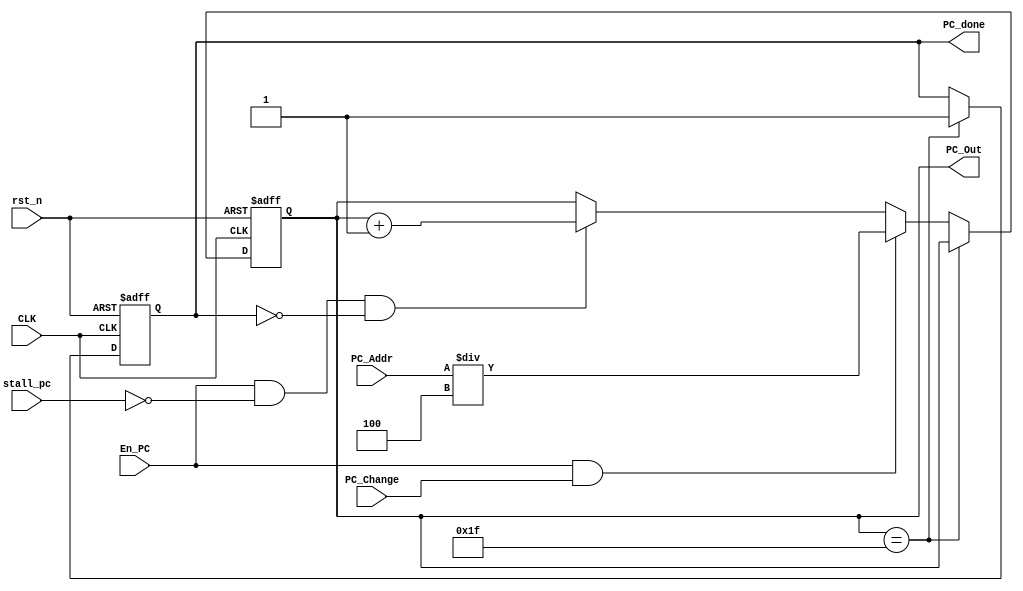
(* DONT_TOUCH = "TRUE" *) module PC (
    // input
    input wire        CLK,
    input wire        rst_n,
    input wire [31:0] PC_Addr,
    input wire        En_PC,
    input wire        stall_pc,
    input wire        PC_Change,
    // output
    output reg [31:0] PC_Out,
    output reg        PC_done     
);

always @(posedge CLK,negedge rst_n) begin
    if (!rst_n) begin
        PC_Out  <= 32'b0;
        PC_done <= 1'b0;
    end
    else if (PC_Out == 32'h1f) begin
        PC_done <= 1'b1;
    end
    else if (En_PC && PC_Change) begin
        PC_Out <= PC_Addr/4;
    end      
    else if (En_PC && !stall_pc && !PC_done) begin
        PC_Out <= PC_Out + 1'b1;
    end
end


endmodule